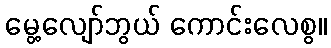
မွေ့လျော်ဘွယ် ကောင်းလေစွ။